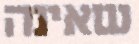
שאינה